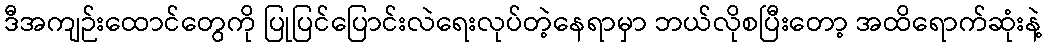
ဒီအကျဉ်းထောင်တွေကို ပြုပြင်ပြောင်းလဲရေးလုပ်တဲ့နေရာမှာ ဘယ်လိုစပြီးတော့ အထိရောက်ဆုံးနဲ့